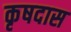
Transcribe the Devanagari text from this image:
कृषदास